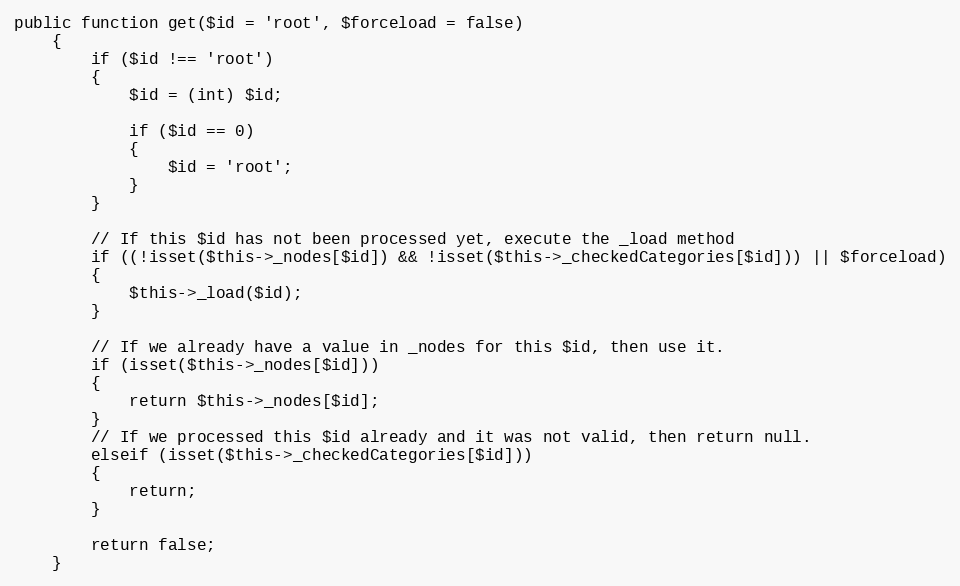
Language: PHP
public function get($id = 'root', $forceload = false)
	{
		if ($id !== 'root')
		{
			$id = (int) $id;

			if ($id == 0)
			{
				$id = 'root';
			}
		}

		// If this $id has not been processed yet, execute the _load method
		if ((!isset($this->_nodes[$id]) && !isset($this->_checkedCategories[$id])) || $forceload)
		{
			$this->_load($id);
		}

		// If we already have a value in _nodes for this $id, then use it.
		if (isset($this->_nodes[$id]))
		{
			return $this->_nodes[$id];
		}
		// If we processed this $id already and it was not valid, then return null.
		elseif (isset($this->_checkedCategories[$id]))
		{
			return;
		}

		return false;
	}